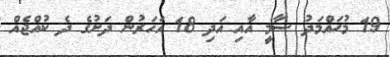
19 މުޙައްމަދު ސާމީ އާއި އަދި 18 އަހަރުން ދަށުގެ ދެ ކުއްޖެއް